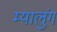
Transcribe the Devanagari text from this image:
म्यालुंग